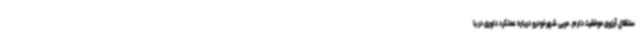
ستقلال آرزوی موفقیت دارم. مربی شهرخودرو درباره عملکرد داوری در با